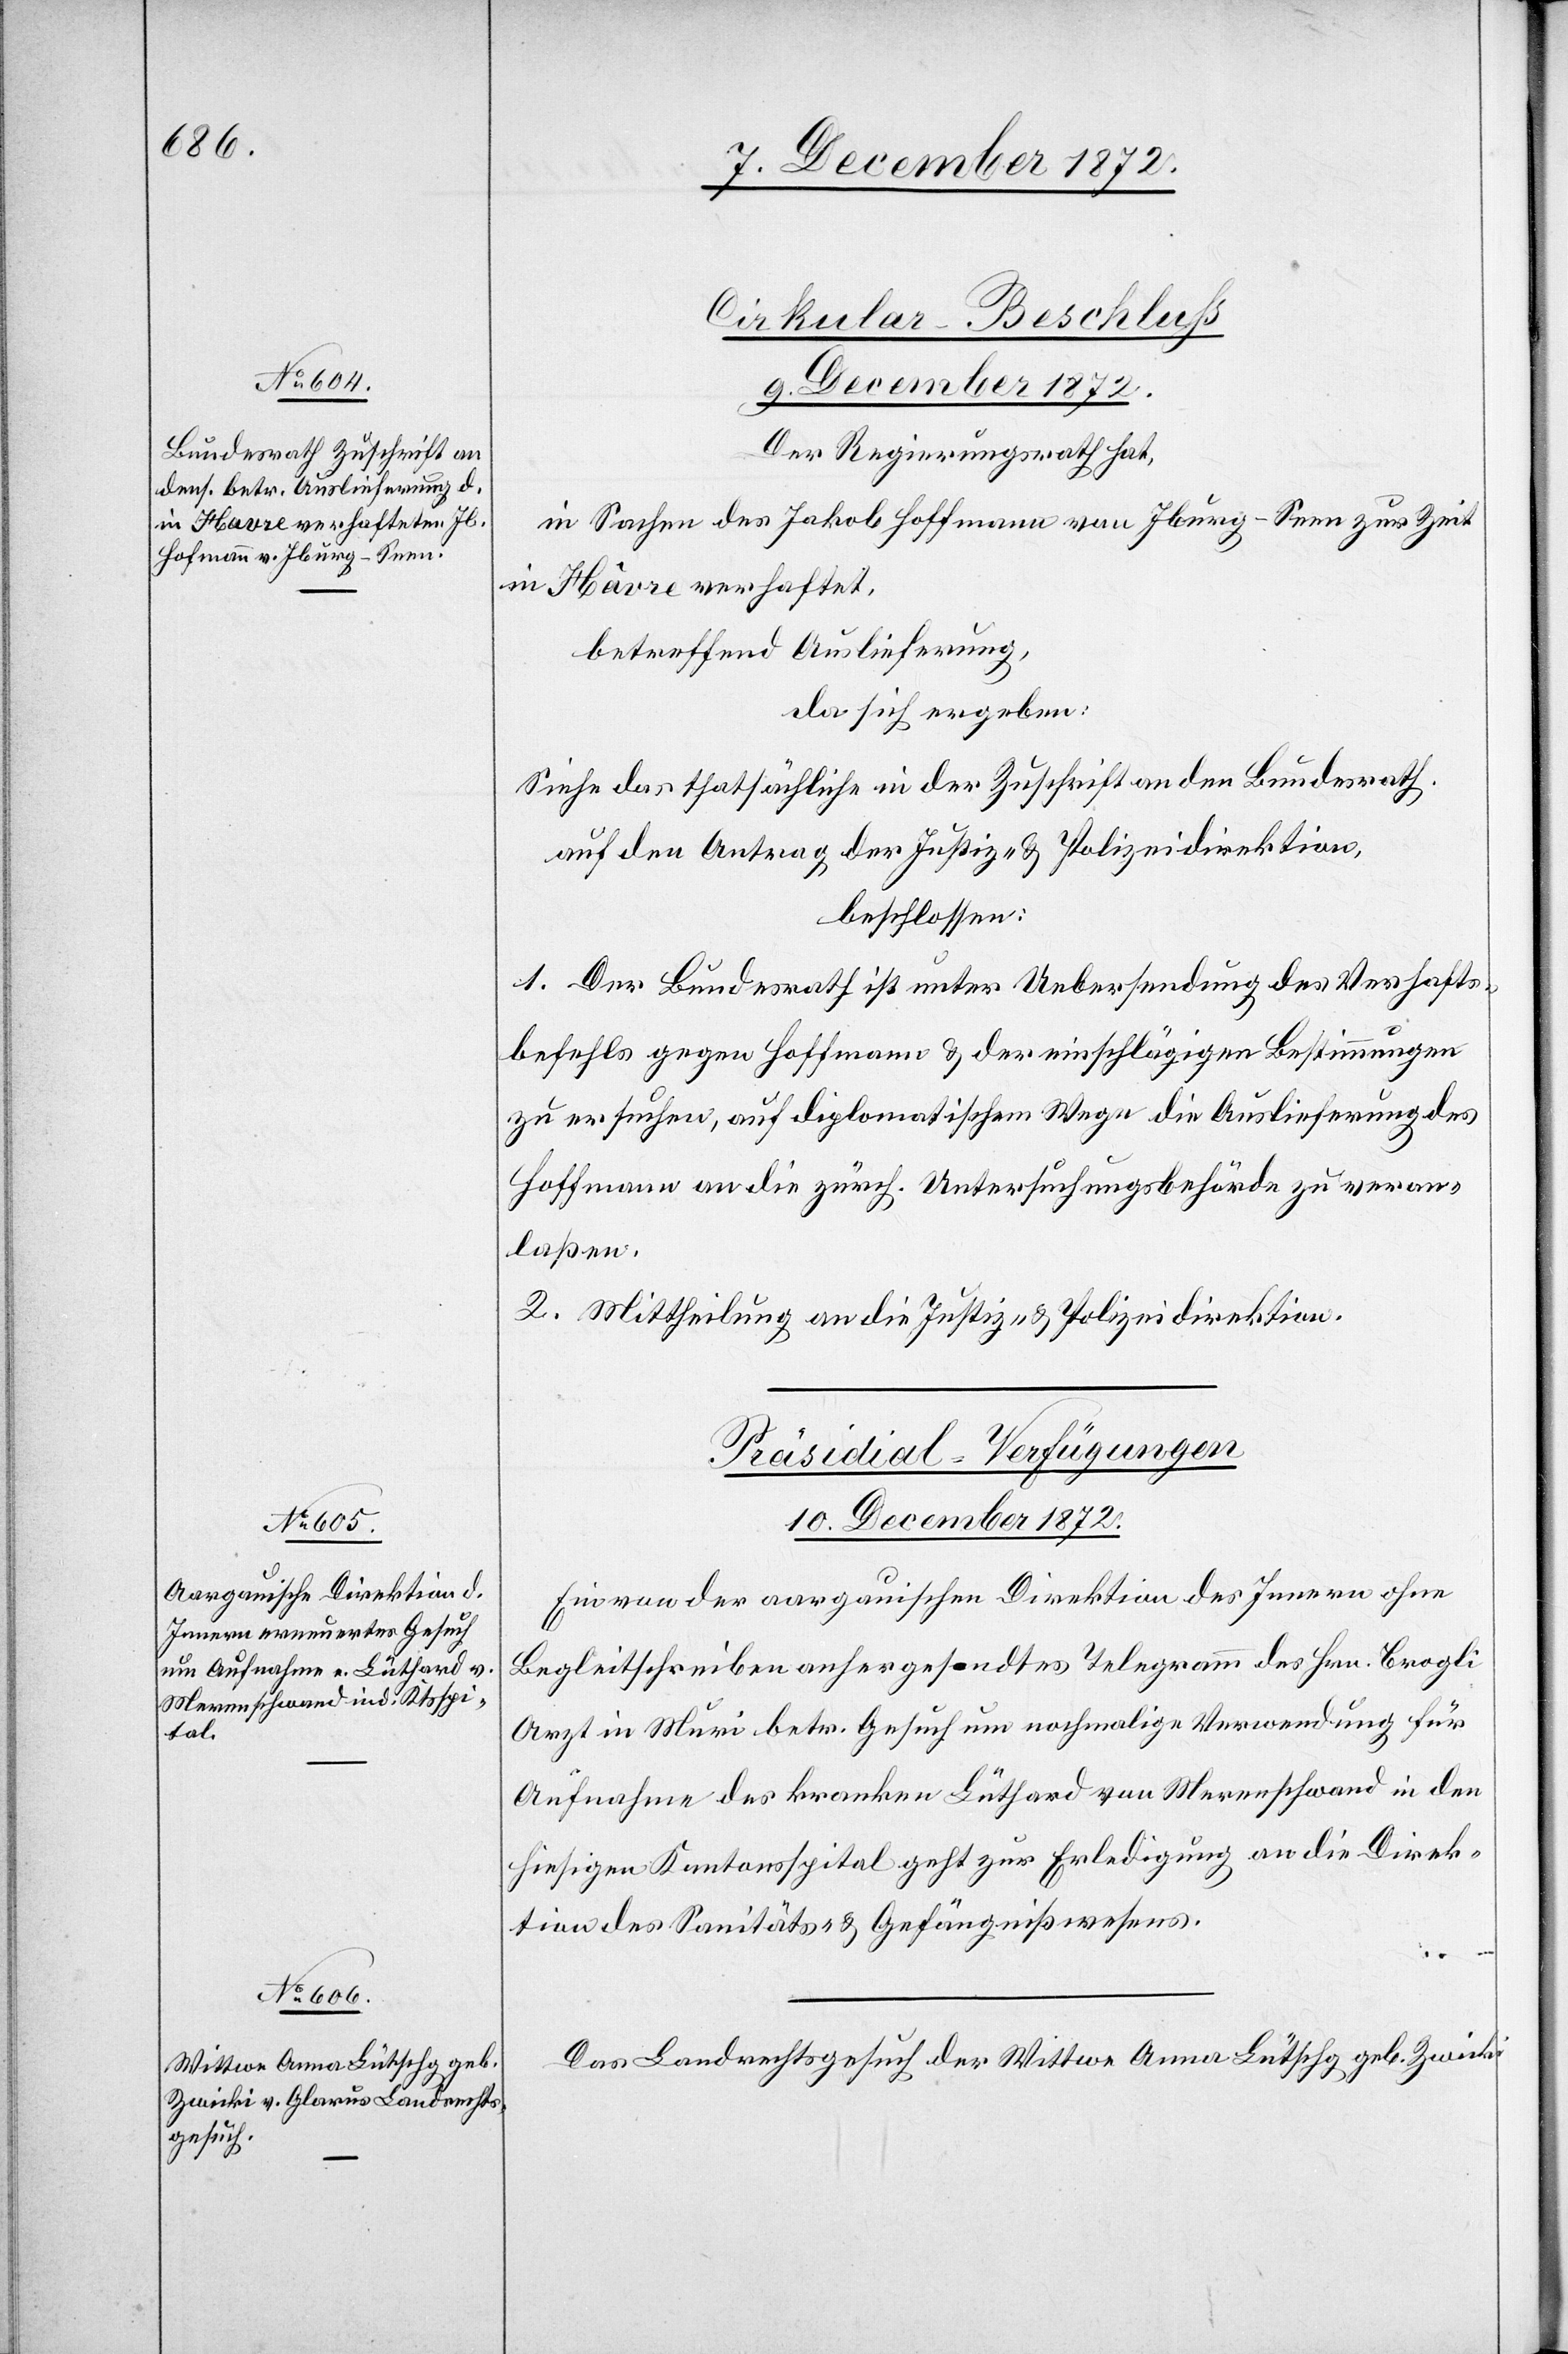
9. December 1872.
Cirkular-Beschluss
Der Regierungsrath hat,
in Sachen des Jakob Hoffmann [sic!] von Iburg-Seen zur Zeit
in Hâvre verhaftet,
betreffend Auslieferung,
da sich ergeben:
Siehe das Thatsächliche in der Zuschrift an den Bundesrath.
auf den Antrag der Justiz- u. Polizeidirektion,
beschlossen:
1. Der Bundesrath ist unter Uebersendung des Verhafts¬
befehls gegen Hoffmann u. der einschlägigen Bestimmungen
zu ersuchen, auf diplomatischem Wege die Auslieferung des
Hoffmann an die zürch. Untersuchungsbehörde zu veran¬
laßen.
2. Mittheilung an die Justiz- u. Polizeidirektion.
[Präsidial-Verfügungen.
10. December 1872.]
Ein von der aargauischen Direktion des Innern ohne
Begleitschreiben anhergesandtes Telegramm des Hrn. Brogli
Arzt in Muri betr. Gesuch um nochmalige Verwendung für
Aufnahme des kranken Lüthard von Merenschwand in den
hiesigen Kantonsspital geht zur Erledigung an die Direk¬
tion des Sanitäts- u. Gefängnißwesens.
Das Landrechtsgesuch der Wittwe Anna Lütschg geb. Zwicki